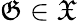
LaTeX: \mathfrak{G}\in{\mathfrak{{X}}}